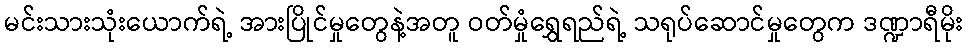
မင်းသားသုံးယောက်ရဲ့ အားပြိုင်မှုတွေနဲ့အတူ ဝတ်မှုံရွှေရည်ရဲ့ သရုပ်ဆောင်မှုတွေက ဒဏ္ဍာရီမိုး